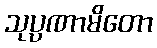
သုပ္ပဏာမိတော